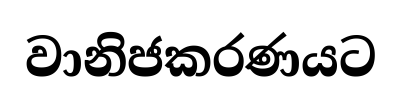
වානිජකරණයට